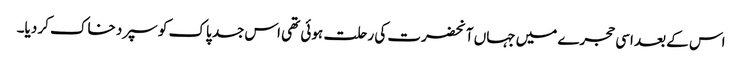
اس کے بعد اسی حجرے میں جہاں آنحضرت کی رحلت ہوئی تھی اس جسد پاک کو سپرد خاک کر دیا۔